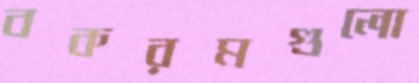
বকরমগুলো